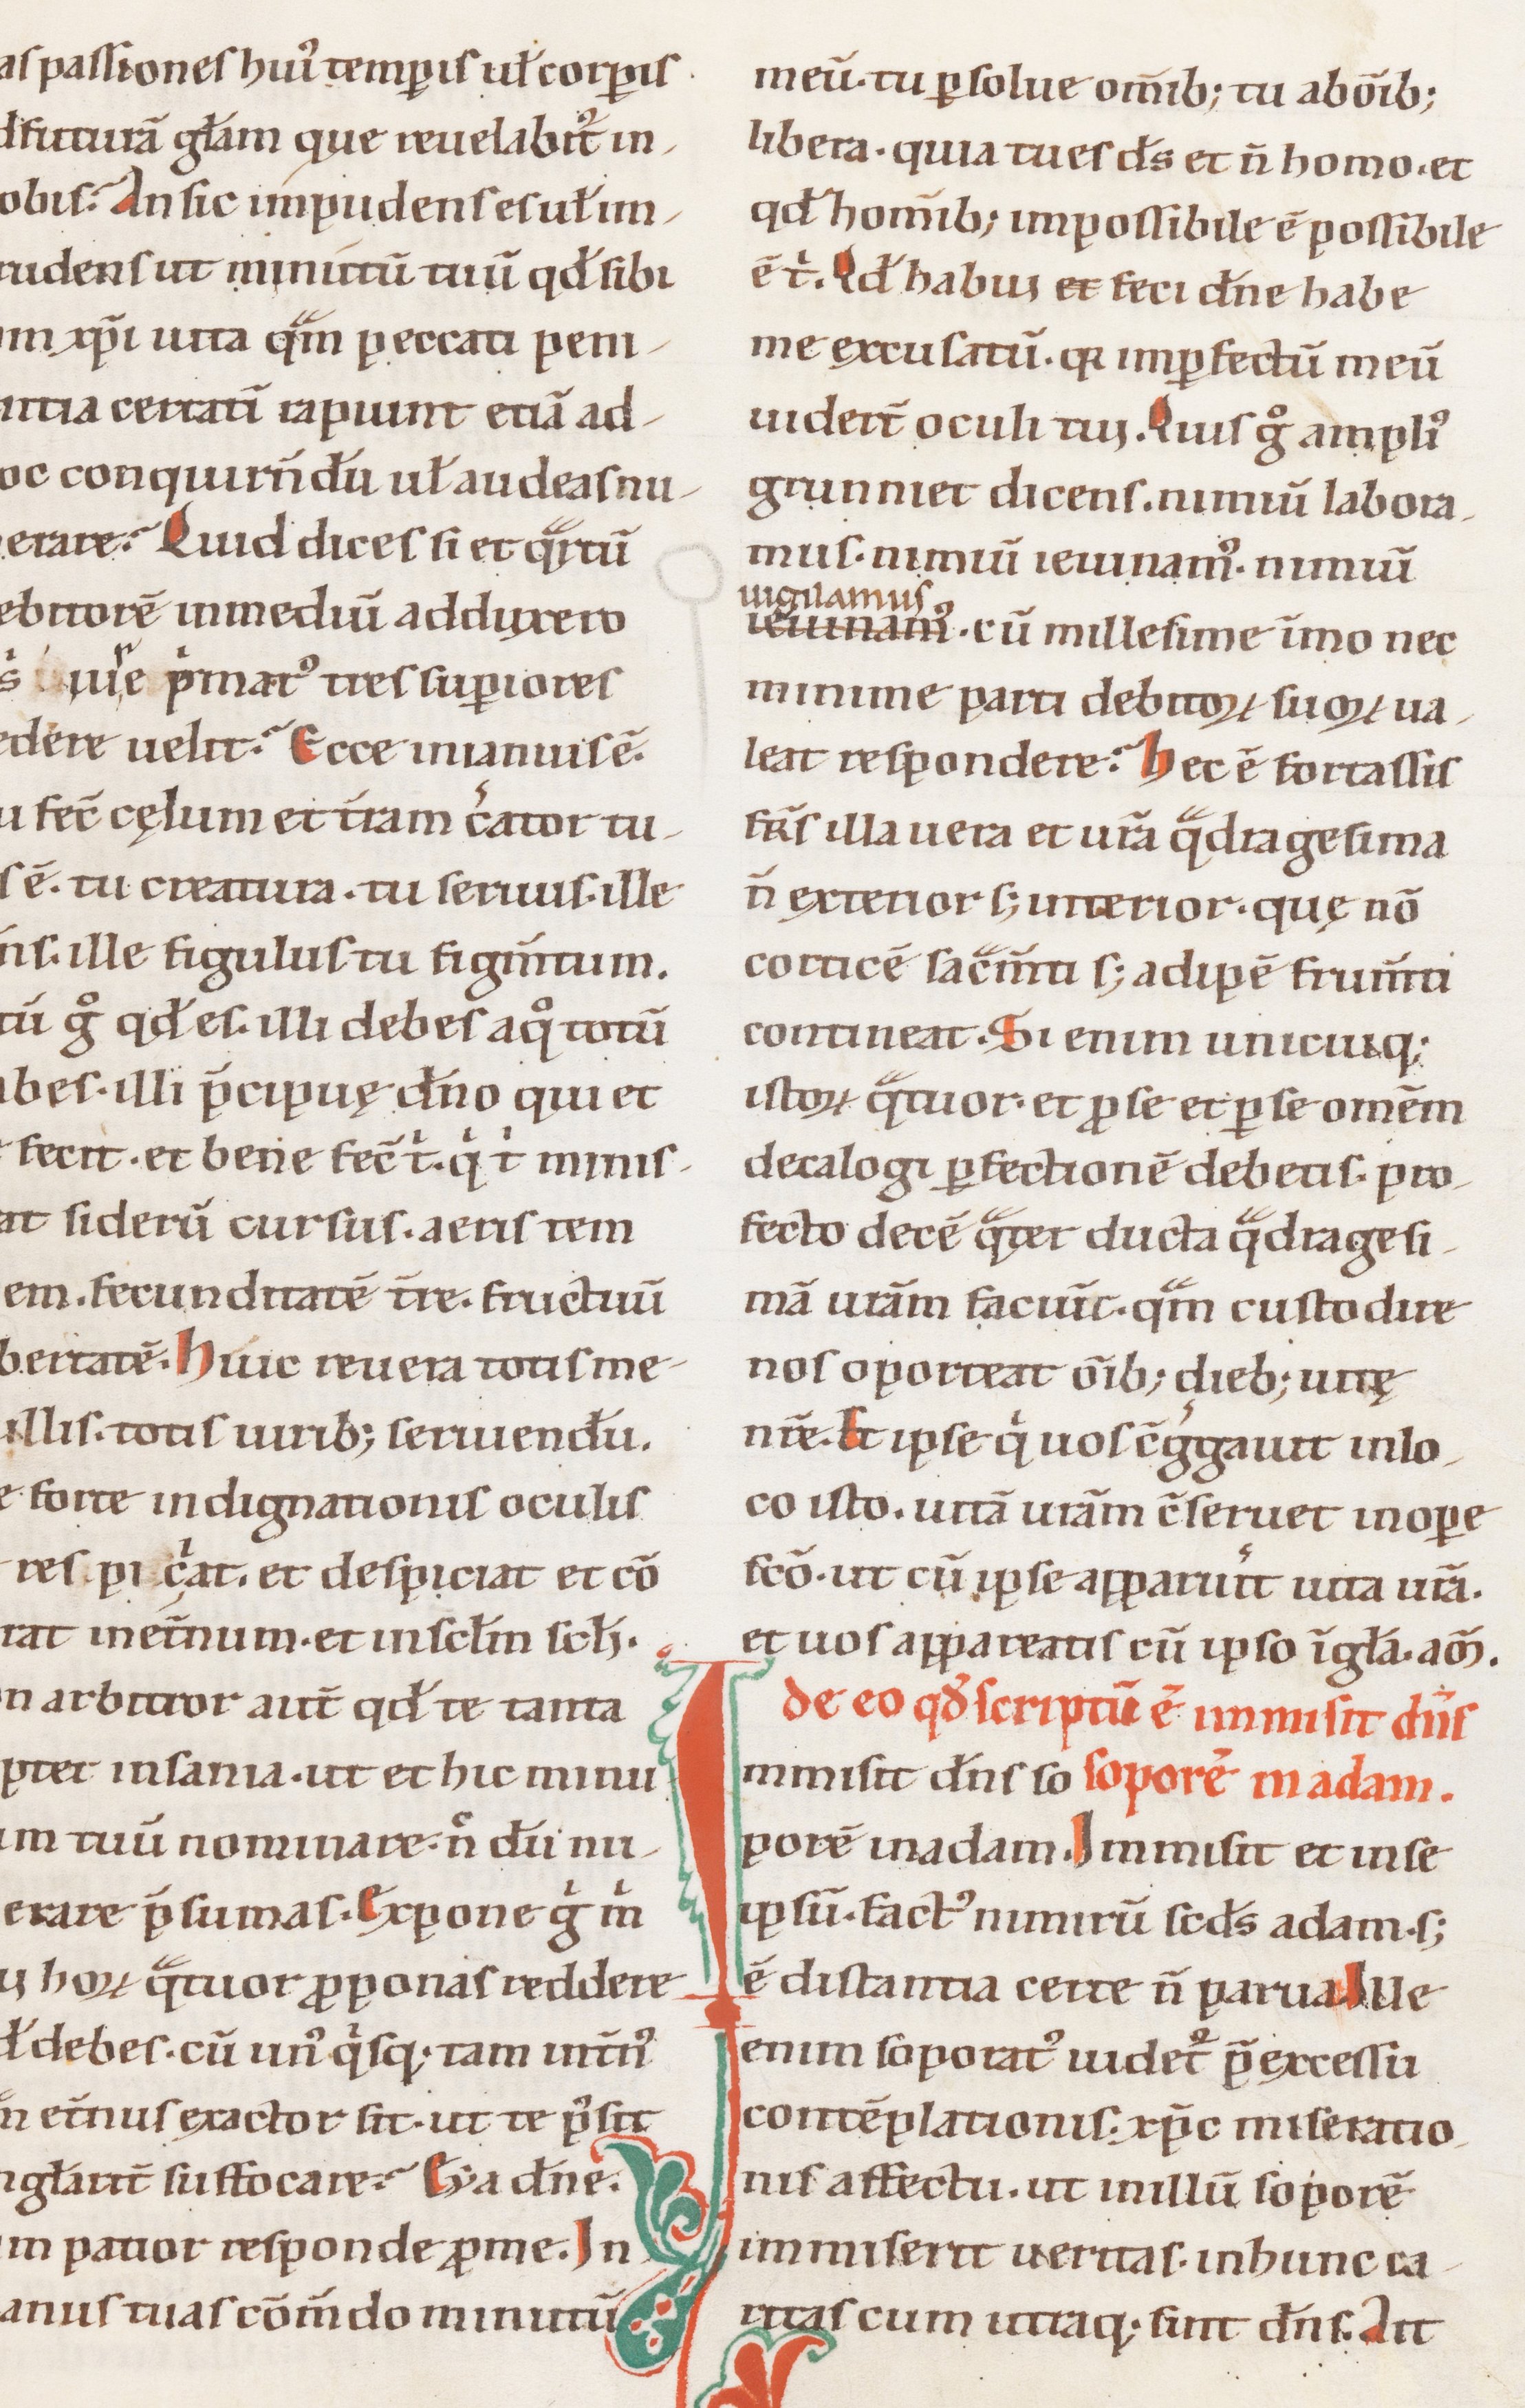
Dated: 1100–1199